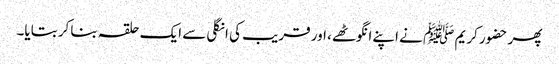
پھر حضور کریم ﷺ نے اپنے انگوٹھے، اور قریب کی انگلی سے ایک حلقہ بناکر بتایا۔